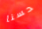
حسنا